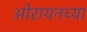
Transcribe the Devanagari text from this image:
ओरायनच्या